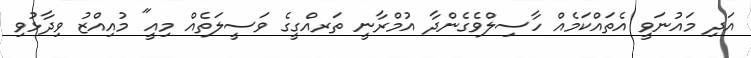
އަދި މައުނަވީ އެތައްކަމެއް ހާސިލްވެގެންދާ އުމްރާނީ ތަރއްގީގެ ވަސީލަތެއް މިއީ" މުއިއްޒު ވިދާޅުވި